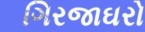
ગિરજાઘરો